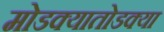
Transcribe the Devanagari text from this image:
मोडक्यातोडक्या